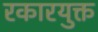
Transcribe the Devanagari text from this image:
रकारयुक्त